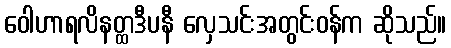
ဝေါဟာရလိနတ္ထဒီပနီ လှေသင်းအတွင်းဝန်က ဆိုသည်။